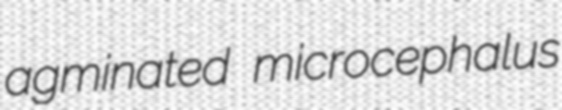
agminated microcephalus